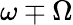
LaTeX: \omega\mp\Omega